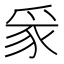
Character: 𪺏